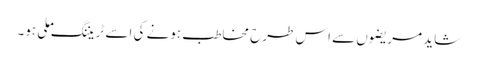
شاید مریضوں سے اس طرح مخاطب ہونے کی اسے ٹریننگ ملی ہو۔